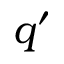
q ^ { \prime }